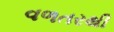
વળતરથી